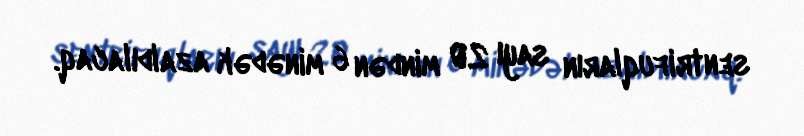
sentrifuqların sayı 20 mindən 6 minədək azaldılacaq.